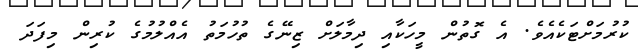
ކުރުމަށްޓަކެއެވެ. އެ ގޮތުން މީހަކާއި ދިމާލަށް ޒިނޭގެ ތުހުމަތު އެއްލުމުގެ ކުރިން މިފަދަ